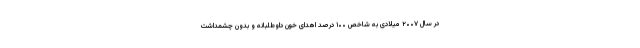
در سال ۲۰۰۷ میلادی به شاخص ۱۰۰ درصد اهدای خون داوطلبانه و بدون چشمداشت